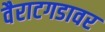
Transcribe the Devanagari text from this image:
वैराटगडावर